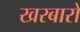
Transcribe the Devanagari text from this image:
खरबारों